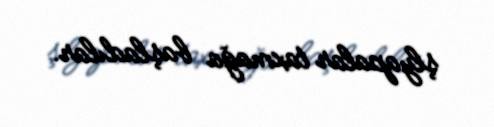
şlyapalar taxmağa başladılar.